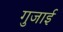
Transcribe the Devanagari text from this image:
गुजाई